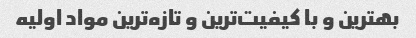
بهترین و با کیفیت‌ترین و تازه‌ترین مواد اولیه